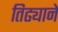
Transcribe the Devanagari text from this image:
तिढ्याने